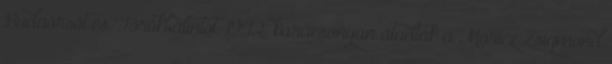
Budaörsöt és Törökbálintot. 1942. karácsonyán átadták a Móricz Zsigmond